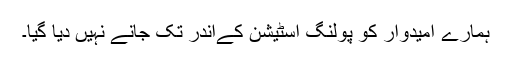
ہمارے امیدوار کو پولنگ اسٹیشن کےاندر تک جانے نہیں دیا گیا۔